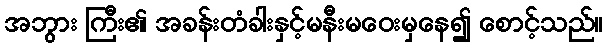
အဘွား ကြီး၏ အခန်းတံခါးနှင့်မနီးမဝေးမှနေ၍ စောင့်သည်။